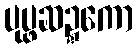
ပုပ္ဖဆဍ္ဍကော